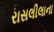
રાસલીલાના